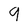
Character: 9